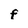
Character: F